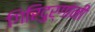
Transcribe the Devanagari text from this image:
गिरिदुर्गांनी